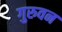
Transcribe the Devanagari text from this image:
गुरुवन